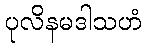
ပုလိနမဒါသဟံ